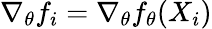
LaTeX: \nabla_{\theta}f_{i}=\nabla_{\theta}f_{\theta}(X_{i})